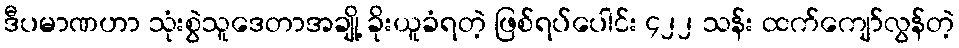
ဒီပမာဏဟာ သုံးစွဲသူဒေတာအချို့ ခိုးယူခံရတဲ့ ဖြစ်ရပ်ပေါင်း ၄၂၂ သန်း ထက်ကျော်လွန်တဲ့